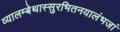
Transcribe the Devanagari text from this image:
व्यालम्बेथास्सुरभितनयालंभजां